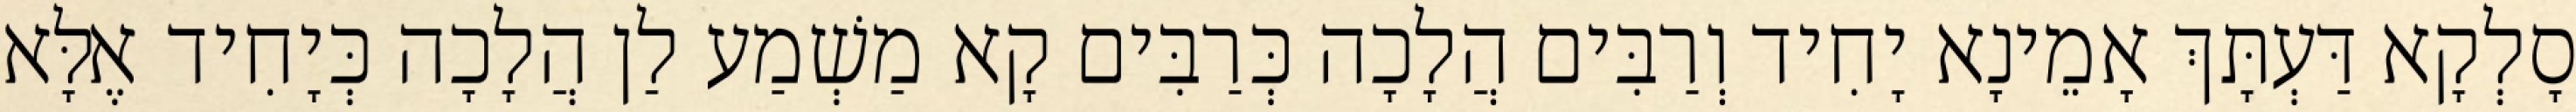
סָלְקָא דַּעְתָּךְ אָמֵינָא יָחִיד וְרַבִּים הֲלָכָה כְּרַבִּים קָא מַשְׁמַע לַן הֲלָכָה כְּיָחִיד אֶלָּא